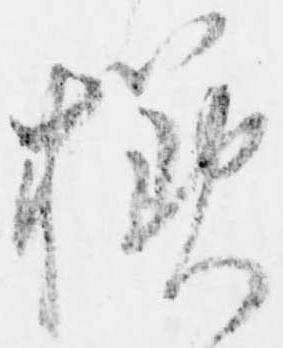
様